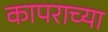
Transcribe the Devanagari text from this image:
कापराच्या